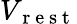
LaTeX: V_{\mathrm{~r~e~s~t~}}